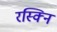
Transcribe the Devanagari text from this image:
रस्क्नि